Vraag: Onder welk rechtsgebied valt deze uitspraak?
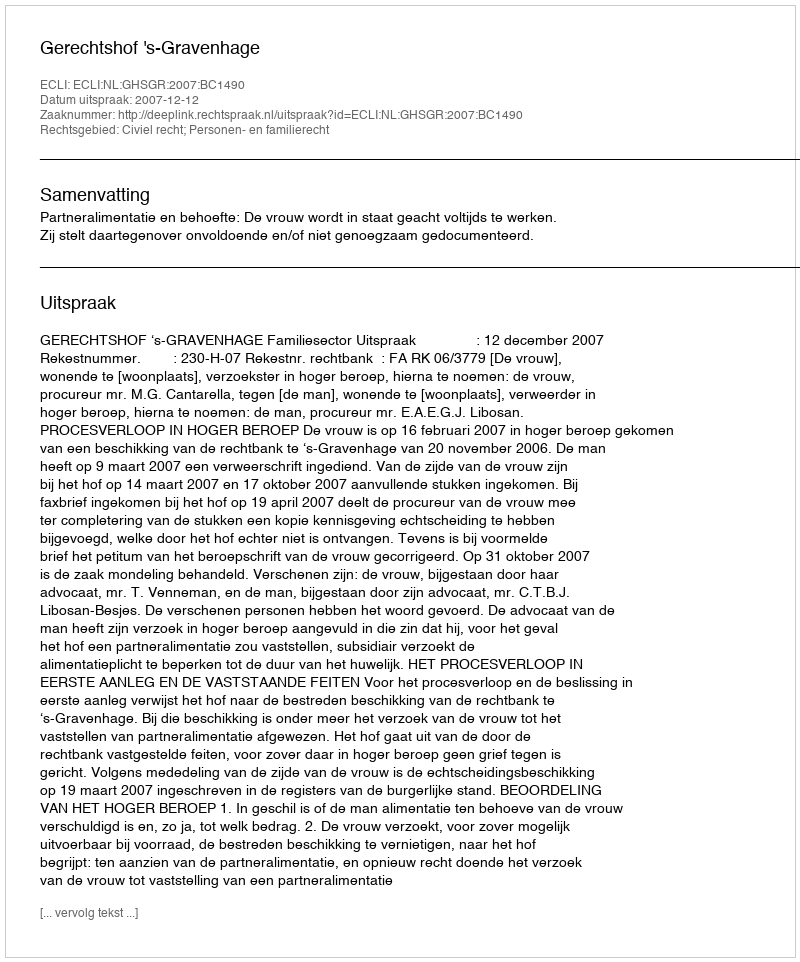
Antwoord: Civiel recht; Personen- en familierecht